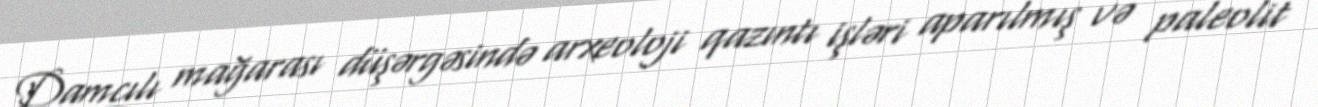
Damcılı mağarası düşərgəsində arxeoloji qazıntı işləri aparılmış və paleolit